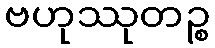
ဗဟုဿုတဉ္စ